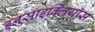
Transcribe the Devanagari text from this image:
इनसाइक्लियॉस